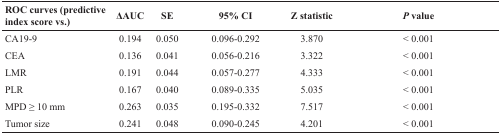
<table><thead><tr><td><b>ROC curves (predictive index score vs.)</b></td><td><b>ΔAUC</b></td><td><b>SE</b></td><td><b>95% CI</b></td><td><b>Z statistic</b></td><td><b><i>P</i> value</b></td></tr></thead><tbody><tr><td>CA19-9</td><td>0.194</td><td>0.050</td><td>0.096-0.292</td><td>3.870</td><td>&lt; 0.001</td></tr><tr><td>CEA</td><td>0.136</td><td>0.041</td><td>0.056-0.216</td><td>3.322</td><td>&lt; 0.001</td></tr><tr><td>LMR</td><td>0.191</td><td>0.044</td><td>0.057-0.277</td><td>4.333</td><td>&lt; 0.001</td></tr><tr><td>PLR</td><td>0.167</td><td>0.040</td><td>0.089-0.335</td><td>5.035</td><td>&lt; 0.001</td></tr><tr><td>MPD ≥ 10 mm</td><td>0.263</td><td>0.035</td><td>0.195-0.332</td><td>7.517</td><td>&lt; 0.001</td></tr><tr><td>Tumor size</td><td>0.241</td><td>0.048</td><td>0.090-0.245</td><td>4.201</td><td>&lt; 0.001</td></tr></tbody></table>